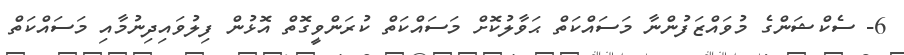
6- ސެކްޝަންގެ މުވައްޒަފުންނާ މަސައްކަތް ޙަވާލުކޮށް މަސައްކަތް ކުރަންވީގޮތް އޮޅުން ފިލުވައިދިނުމާއި މަސައްކަތް